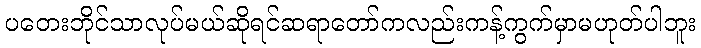
ပတေးဘိုင်သာလုပ်မယ်ဆိုရင်ဆရာတော်ကလည်းကန့်ကွက်မှာမဟုတ်ပါဘူး